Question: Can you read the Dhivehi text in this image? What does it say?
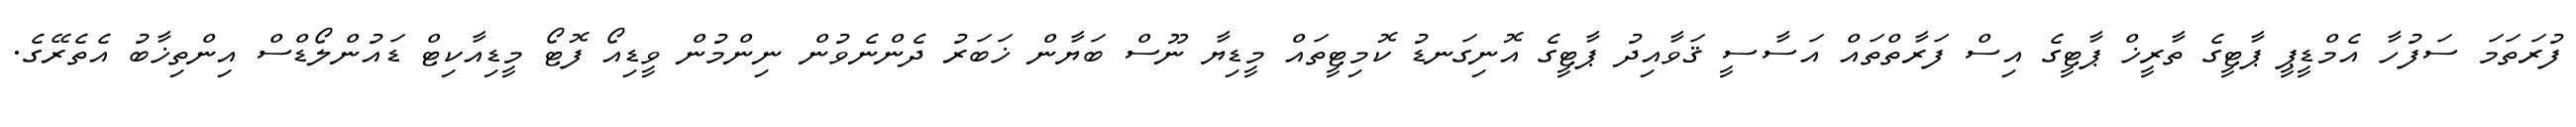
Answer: ފުރަތަމަ ސަފުހާ އެމްޑީޕީ ޕާޓީގެ ތާރީޚް ޕާޓީގެ އިސް ފަރާތްތައް އަސާސީ ޤަވާއިދު ޕާޓީގެ އޮނިގަނޑު ކޮމިޓީތައް މީޑިޔާ ނޫސް ބަޔާން ޚަބަރު ދެންނެވުން ނިންމުން ވީޑިއޯ ފޮޓޯ މީޑިއާކިޓް ޑައުންލޯޑްސް އިންތިޚާބު އެތެރޭގެ.